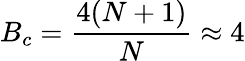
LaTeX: B_{c}=\frac{4(N+1)}{N}\approx 4